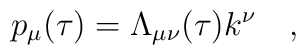
p_{\mu }(\tau ) = \Lambda _{\mu \nu} (\tau ) k^{\nu }~~~,